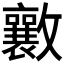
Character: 𭤑